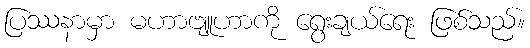
ပြဿနာမှာ မဟာဗျူဟာကို ရွေးချယ်ရေး ဖြစ်သည်။